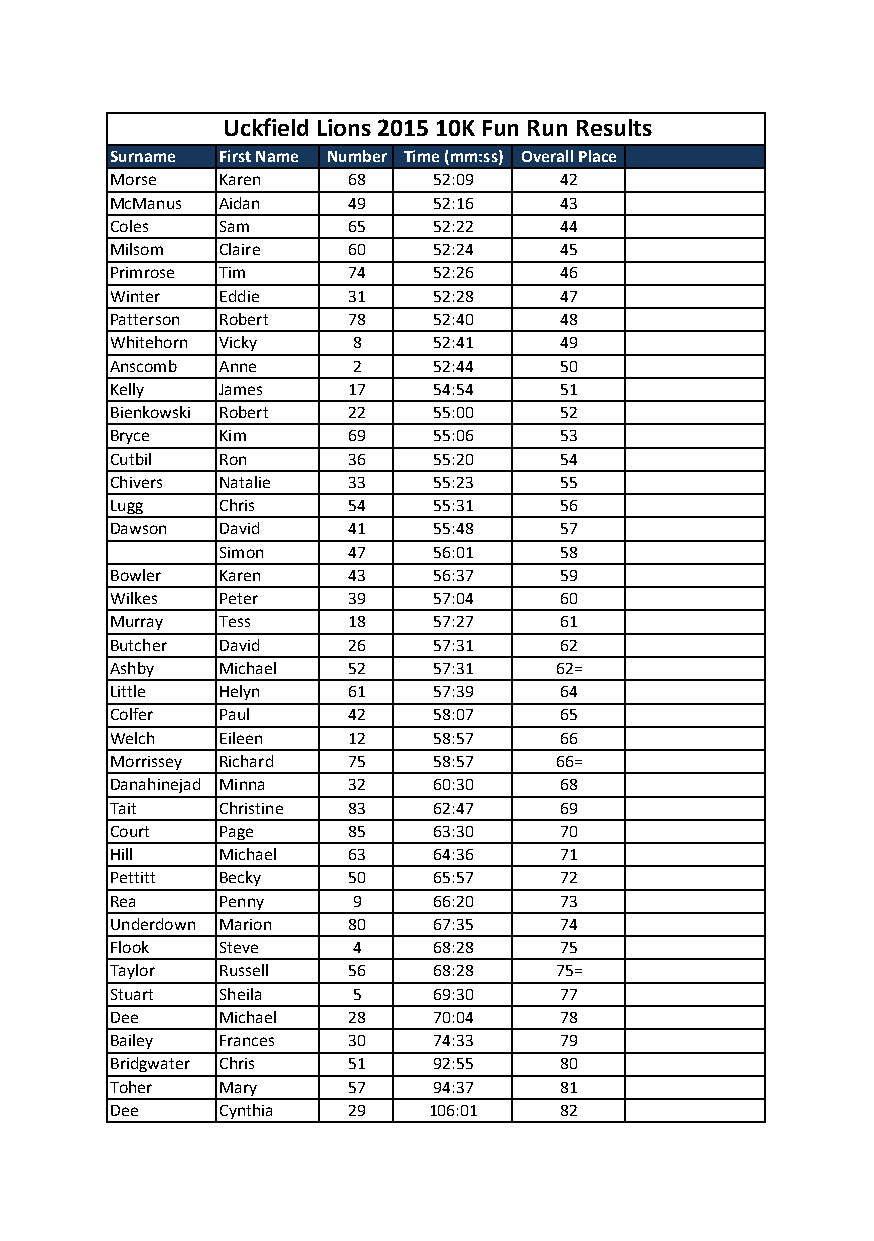
Uckfield Lions 2015 10K Fun Run Results
 Surname First Name Number Time (mm:ss) Overall Place
 Morse   Karen   68    52:09   42
 McManus Aidan   49    52:16   43
 Coles   Sam     65    52:22   44
 Milsom  Claire  60    52:24   45
 Primrose Tim    74    52:26   46
 Winter  Eddie   31    52:28   47
 Patterson Robert 78   52:40   48
 Whitehorn Vicky 8     52:41   49
 Anscomb Anne    2     52:44   50
 Kelly   James   17    54:54   51
 Bienkowski Robert 22  55:00   52
 Bryce   Kim     69    55:06   53
 Cutbil  Ron     36    55:20   54
 Chivers Natalie 33    55:23   55
 Lugg    Chris   54    55:31   56
 Dawson  David   41    55:48   57
 Simon   47    56:01   58
 Bowler  Karen   43    56:37   59
 Wilkes  Peter   39    57:04   60
 Murray  Tess    18    57:27   61
 Butcher David   26    57:31   62
 Ashby   Michael 52    57:31   62=
 Little  Helyn   61    57:39   64
 Colfer  Paul    42    58:07   65
 Welch   Eileen  12    58:57   66
 Morrissey Richard 75  58:57   66=
 Danahinejad Minna 32  60:30   68
 Tait    Christine 83  62:47   69
 Court   Page    85    63:30   70
 Hill    Michael 63    64:36   71
 Pettitt Becky   50    65:57   72
 Rea     Penny   9     66:20   73
 Underdown Marion 80   67:35   74
 Flook   Steve   4     68:28   75
 Taylor  Russell 56    68:28   75=
 Stuart  Sheila  5     69:30   77
 Dee     Michael 28    70:04   78
 Bailey  Frances 30    74:33   79
 Bridgwater Chris 51   92:55   80
 Toher   Mary    57    94:37   81
 Dee     Cynthia 29   106:01   82